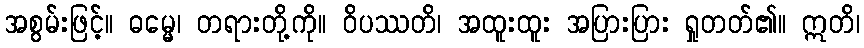
အစွမ်းဖြင့်။ ဓမ္မေ၊ တရားတို့ကို။ ဝိပဿတိ၊ အထူးထူး အပြားပြား ရှုတတ်၏။ ဣတိ၊